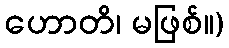
ဟောတိ၊ မဖြစ်။)